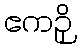
ဧကဉှိ